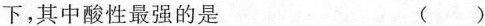
下，其中酸性最强的是 ( )